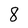
Character: 8